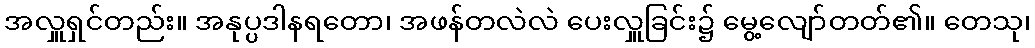
အလှူရှင်တည်း။ အနုပ္ပဒါနရတော၊ အဖန်တလဲလဲ ပေးလှူခြင်း၌ မွေ့လျော်တတ်၏။ တေသု၊